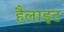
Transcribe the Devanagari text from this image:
हैलाइट